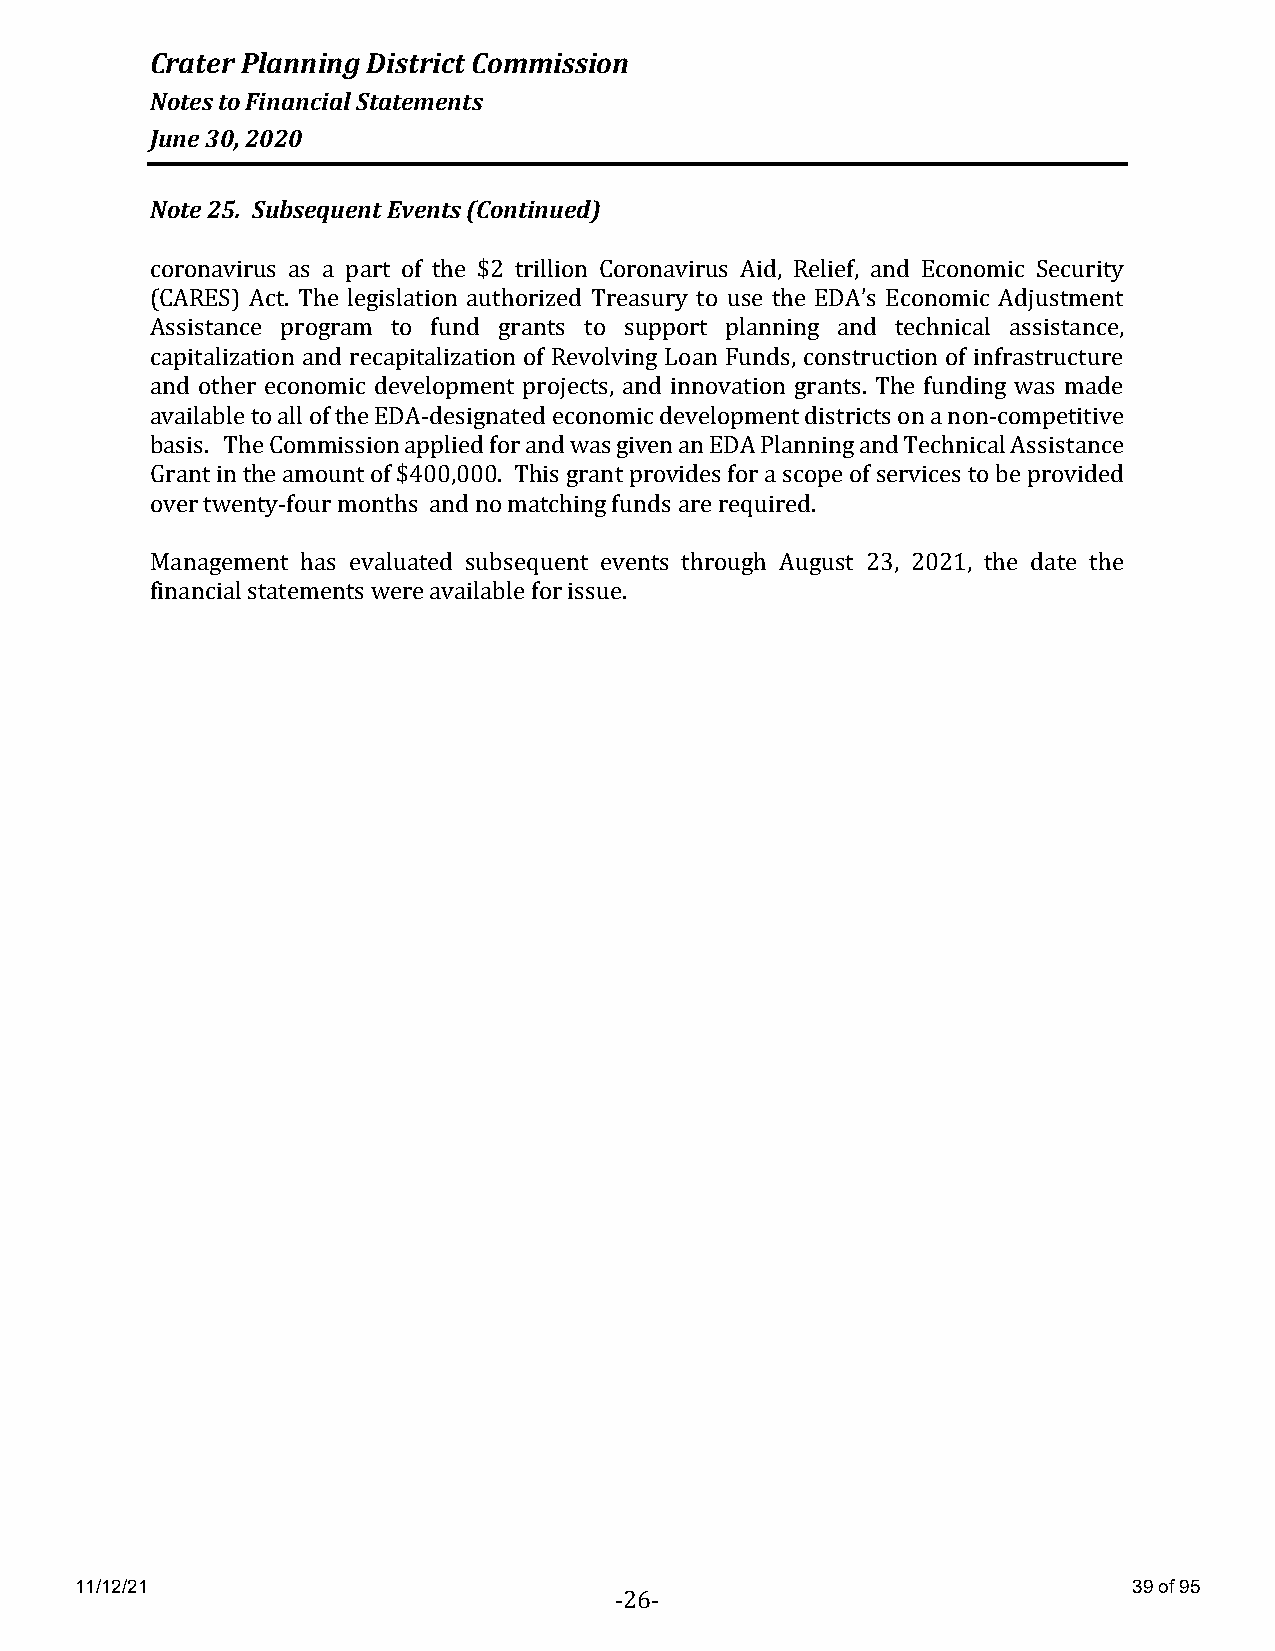
Crater Planning District Commission
 Notes to Financial Statements
 June 30, 2020
 Note 25. Subsequent Events (Continued)
 coronavirus as a part of the $2 trillion Coronavirus Aid, Relief, and Economic Security
 (CARES) Act. The legislation authorized Treasury to use the EDA’s Economic Adjustment
 Assistance program to fund grants to support planning and technical assistance,
 capitalization and recapitalization of Revolving Loan Funds, construction of infrastructure
 and other economic development projects, and innovation grants. The funding was made
 available to all of the EDA-designated economic development districts on a non-competitive
 basis. The Commission applied for and was given an EDA Planning and Technical Assistance
 Grant in the amount of $400,000. This grant provides for a scope of services to be provided
 over twenty-four months and no matching funds are required.
 Management has evaluated subsequent events through August 23, 2021, the date the
 financial statements were available for issue.
 11/12/21                                                              39 of 95
 -26-